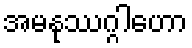
အမနုဿဂ္ဂါဟော